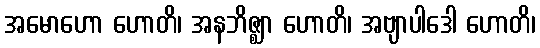
အမောဟော ဟောတိ၊ အနဘိဇ္ဈာ ဟောတိ၊ အဗျာပါဒေါ ဟောတိ၊